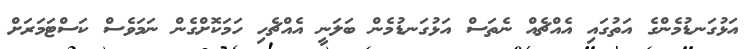
އަޅުގަނޑުމެންގެ އަތުގައި އެއްޗެއް ނެތަސް އަޅުގަނޑުމެން ބަލަނީ އެއްޗެހި ހަމަކޮށްގެން ނަމަވެސް ކަސްޓަމަރަށް